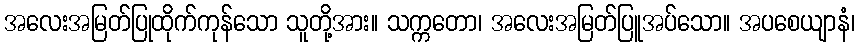
အလေးအမြတ်ပြုထိုက်ကုန်သော သူတို့အား။ သက္ကတော၊ အလေးအမြတ်ပြူအပ်သော။ အပစေယျာနံ၊